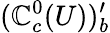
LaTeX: (\mathbb{C}_{c}^{0}(U))_{b}^{\prime}